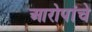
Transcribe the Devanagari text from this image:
आरोपांचे